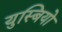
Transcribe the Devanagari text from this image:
युस्बियो